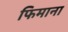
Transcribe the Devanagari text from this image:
फिमाना